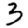
Digit: 3